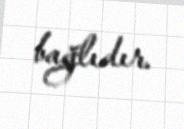
bağlıdır.